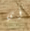
أي